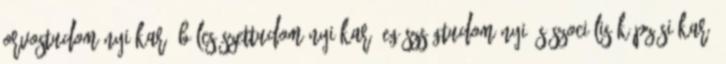
Orvostudományi Kar, Bölcsészettudományi Kar, Egészségtudományi és Szociális Képzési Kar,